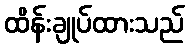
ထိန်းချုပ်ထားသည်